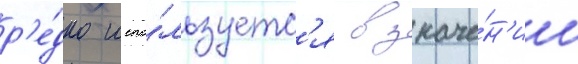
р'е́дко испо́льзуетс'я в значе́н'ии